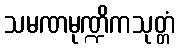
သမဏမုဏ္ဍိကသုတ္တံ